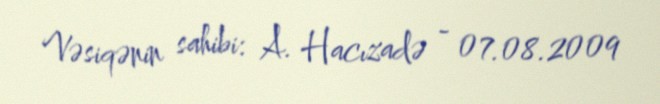
Vəsiqənin sahibi: A. Hacızadə - 07.08.2009